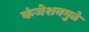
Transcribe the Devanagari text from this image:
कंजेशनमुळे